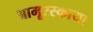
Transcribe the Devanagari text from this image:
आमूरस्काया